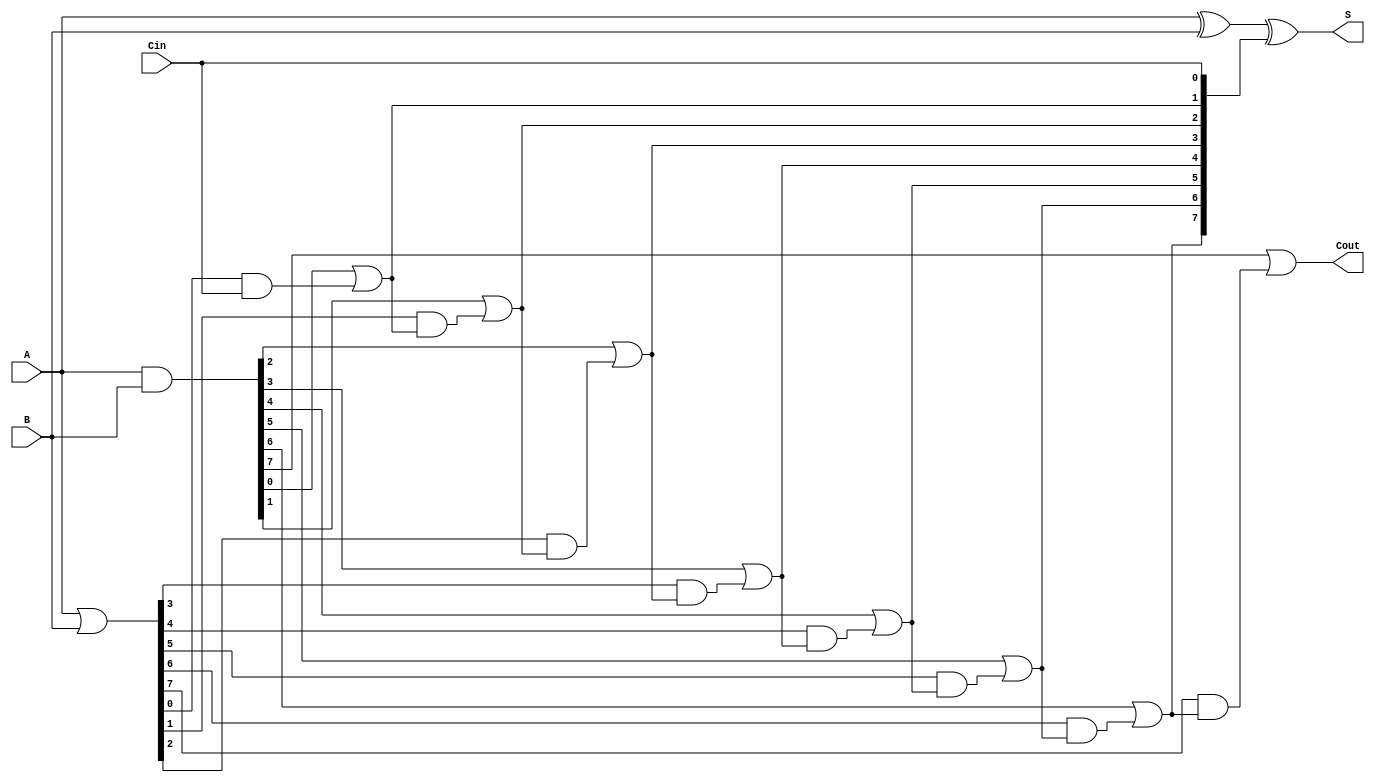
module VLCLA #(parameter N = 8) (
    input  wire [N-1:0] A,    // First n-bit input
    input  wire [N-1:0] B,    // Second n-bit input
    input  wire Cin,           // Carry-in
    output wire [N-1:0] S,     // n-bit sum output
    output wire Cout           // Carry-out
);

    // Generate and Propagate signals
    wire [N-1:0] G; // Generate signals
    wire [N-1:0] P; // Propagate signals
    wire [N:0] C;    // Carry signals

    // Generate and Propagate calculations
    assign G = A & B;        // Gi = Ai AND Bi
    assign P = A | B;        // Pi = Ai OR Bi

    // Carry calculations
    assign C[0] = Cin; // C0 = Cin
    genvar i;
    generate
        for (i = 0; i < N; i = i + 1) begin : carry_calc
            assign C[i+1] = G[i] | (P[i] & C[i]); // Ci+1 = Gi OR (Pi AND Ci)
        end
    endgenerate

    // Sum calculations
    assign S = A ^ B ^ C[N-1:0]; // Si = Ai XOR Bi XOR Ci

    // Carry-out signal
    assign Cout = C[N]; // Cout = CN

endmodule